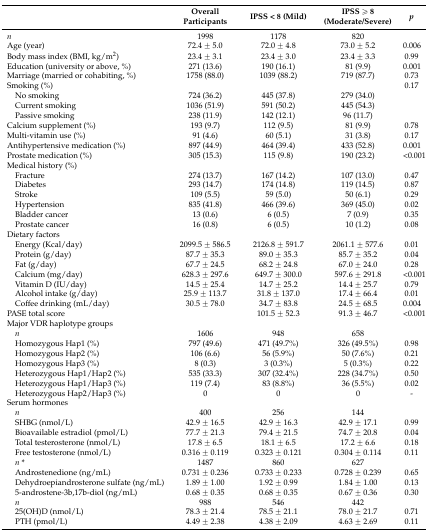
<table><thead><tr><td></td><td><b>Overall Participants</b></td><td><b>IPSS &lt; 8 (Mild)</b></td><td><b>IPSS ≥ 8 (Moderate/Severe)</b></td><td><b><i>p</i></b></td></tr></thead><tbody><tr><td><i>n</i></td><td>1998</td><td>1178</td><td>820</td><td></td></tr><tr><td>Age (year)</td><td>72.4 ± 5.0</td><td>72.0 ± 4.8</td><td>73.0 ± 5.2</td><td>0.006</td></tr><tr><td>Body mass index (BMI, kg/m<sup>2</sup>)</td><td>23.4 ± 3.1</td><td>23.4 ± 3.0</td><td>23.4 ± 3.3</td><td>0.99</td></tr><tr><td>Education (university or above, %)</td><td>271 (13.6)</td><td>190 (16.1)</td><td>81 (9.9)</td><td>0.001</td></tr><tr><td>Marriage (married or cohabiting, %)</td><td>1758 (88.0)</td><td>1039 (88.2)</td><td>719 (87.7)</td><td>0.73</td></tr><tr><td>Smoking (%)</td><td></td><td></td><td></td><td>0.17</td></tr><tr><td> No smoking</td><td>724 (36.2)</td><td>445 (37.8)</td><td>279 (34.0)</td><td></td></tr><tr><td> Current smoking</td><td>1036 (51.9)</td><td>591 (50.2)</td><td>445 (54.3)</td><td></td></tr><tr><td> Passive smoking</td><td>238 (11.9)</td><td>142 (12.1)</td><td>96 (11.7)</td><td></td></tr><tr><td>Calcium supplement (%)</td><td>193 (9.7)</td><td>112 (9.5)</td><td>81 (9.9)</td><td>0.78</td></tr><tr><td>Multi-vitamin use (%)</td><td>91 (4.6)</td><td>60 (5.1)</td><td>31 (3.8)</td><td>0.17</td></tr><tr><td>Antihypertensive medication (%)</td><td>897 (44.9)</td><td>464 (39.4)</td><td>433 (52.8)</td><td>0.001</td></tr><tr><td>Prostate medication (%)</td><td>305 (15.3)</td><td>115 (9.8)</td><td>190 (23.2)</td><td>&lt;0.001</td></tr><tr><td>Medical history (%)</td><td></td><td></td><td></td><td></td></tr><tr><td> Fracture</td><td>274 (13.7)</td><td>167 (14.2)</td><td>107 (13.0)</td><td>0.47</td></tr><tr><td> Diabetes</td><td>293 (14.7)</td><td>174 (14.8)</td><td>119 (14.5)</td><td>0.87</td></tr><tr><td> Stroke</td><td>109 (5.5)</td><td>59 (5.0)</td><td>50 (6.1)</td><td>0.29</td></tr><tr><td> Hypertension</td><td>835 (41.8)</td><td>466 (39.6)</td><td>369 (45.0)</td><td>0.02</td></tr><tr><td> Bladder cancer</td><td>13 (0.6)</td><td>6 (0.5)</td><td>7 (0.9)</td><td>0.35</td></tr><tr><td> Prostate cancer</td><td>16 (0.8)</td><td>6 (0.5)</td><td>10 (1.2)</td><td>0.08</td></tr><tr><td>Dietary factors</td><td></td><td></td><td></td><td></td></tr><tr><td> Energy (Kcal/day)</td><td>2099.5 ± 586.5</td><td>2126.8 ± 591.7</td><td>2061.1 ± 577.6</td><td>0.01</td></tr><tr><td> Protein (g/day)</td><td>87.7 ± 35.3</td><td>89.0 ± 35.3</td><td>85.7 ± 35.2</td><td>0.04</td></tr><tr><td> Fat (g/day)</td><td>67.7 ± 24.5</td><td>68.2 ± 24.8</td><td>67.0 ± 24.0</td><td>0.28</td></tr><tr><td> Calcium (mg/day)</td><td>628.3 ± 297.6</td><td>649.7 ± 300.0</td><td>597.6 ± 291.8</td><td>&lt;0.001</td></tr><tr><td> Vitamin D (IU/day)</td><td>14.5 ± 25.4</td><td>14.7 ± 25.2</td><td>14.4 ± 25.7</td><td>0.79</td></tr><tr><td> Alcohol intake (g/day)</td><td>25.9 ± 113.7</td><td>31.8 ± 137.0</td><td>17.4 ± 66.4</td><td>0.01</td></tr><tr><td> Coffee drinking (mL/day)</td><td>30.5 ± 78.0</td><td>34.7 ± 83.8</td><td>24.5 ± 68.5</td><td>0.004</td></tr><tr><td>PASE total score</td><td></td><td>101.5 ± 52.3</td><td>91.3 ± 46.7</td><td>&lt;0.001</td></tr><tr><td>Major VDR haplotype groups</td><td></td><td></td><td></td><td></td></tr><tr><td> <i>n</i></td><td>1606</td><td>948</td><td>658</td><td></td></tr><tr><td> Homozygous Hap1 (%)</td><td>797 (49.6)</td><td>471 (49.7%)</td><td>326 (49.5%)</td><td>0.98</td></tr><tr><td> Homozygous Hap2 (%)</td><td>106 (6.6)</td><td>56 (5.9%)</td><td>50 (7.6%)</td><td>0.21</td></tr><tr><td> Homozygous Hap3 (%)</td><td>8 (0.3)</td><td>3 (0.3%)</td><td>5 (0.3%)</td><td>0.22</td></tr><tr><td> Heterozygous Hap1/Hap2 (%)</td><td>535 (33.3)</td><td>307 (32.4%)</td><td>228 (34.7%)</td><td>0.50</td></tr><tr><td> Heterozygous Hap1/Hap3 (%)</td><td>119 (7.4)</td><td>83 (8.8%)</td><td>36 (5.5%)</td><td>0.02</td></tr><tr><td> Heterozygous Hap2/Hap3 (%)</td><td>0</td><td>0</td><td>0</td><td>-</td></tr><tr><td>Serum hormones</td><td></td><td></td><td></td><td></td></tr><tr><td> <i>n</i></td><td>400</td><td>256</td><td>144</td><td></td></tr><tr><td> SHBG (nmol/L)</td><td>42.9 ± 16.5</td><td>42.9 ± 16.3</td><td>42.9 ± 17.1</td><td>0.99</td></tr><tr><td> Bioavailable estradiol (pmol/L)</td><td>77.7 ± 21.3</td><td>79.4 ± 21.5</td><td>74.7 ± 20.8</td><td>0.04</td></tr><tr><td> Total testerosterone (nmol/L)</td><td>17.8 ± 6.5</td><td>18.1 ± 6.5</td><td>17.2 ± 6.6</td><td>0.18</td></tr><tr><td> Free testosterone (nmol/L)</td><td>0.316 ± 0.119</td><td>0.323 ± 0.121</td><td>0.304 ± 0.114</td><td>0.11</td></tr><tr><td> <i>n</i> *</td><td>1487</td><td>860</td><td>627</td><td></td></tr><tr><td> Androstenedione (ng/mL)</td><td>0.731 ± 0.236</td><td>0.733 ± 0.233</td><td>0.728 ± 0.239</td><td>0.65</td></tr><tr><td> Dehydroepiandrosterone sulfate (ng/mL)</td><td>1.89 ± 1.00</td><td>1.92 ± 0.99</td><td>1.84 ± 1.00</td><td>0.13</td></tr><tr><td> 5-androstene-3b,17b-diol (ng/mL)</td><td>0.68 ± 0.35</td><td>0.68 ± 0.35</td><td>0.67 ± 0.36</td><td>0.30</td></tr><tr><td> <i>n</i></td><td>988</td><td>546</td><td>442</td><td></td></tr><tr><td> 25(OH)D (nmol/L)</td><td>78.3 ± 21.4</td><td>78.5 ± 21.1</td><td>78.0 ± 21.7</td><td>0.71</td></tr><tr><td> PTH (pmol/L)</td><td>4.49 ± 2.38</td><td>4.38 ± 2.09</td><td>4.63 ± 2.69</td><td>0.11</td></tr></tbody></table>